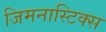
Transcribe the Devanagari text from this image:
जिमनास्टिक्‍स